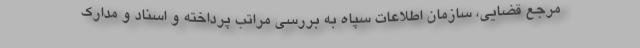
مرجع قضایی، سازمان اطلاعات سپاه به بررسی مراتب پرداخته و اسناد و مدارک